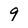
Character: 9